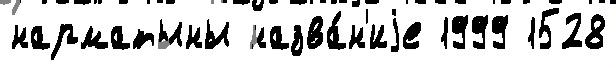
нарматыны назва́н'иjе 1999 1528